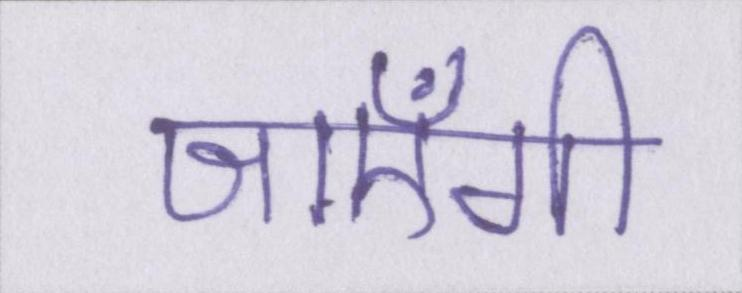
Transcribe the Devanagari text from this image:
जाएँगी